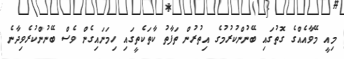
މިއީ މޭވާއެއްގެ ގޮތުގައި ބޭނުންކުރުމުގެ އިތުރުން ތަފާތު ކާތަކެތީގައި ހިމަނައިގެން ވެސް ބޭނުންކުރެވިދާނެ